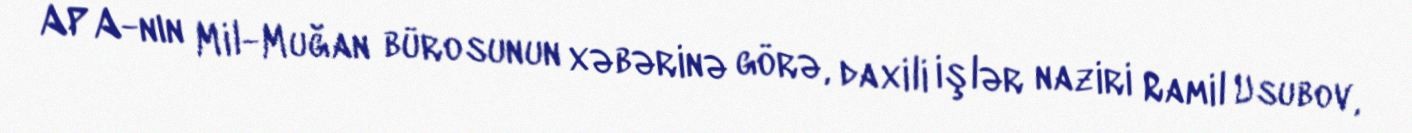
APA-nın Mil-Muğan bürosunun xəbərinə görə, daxili işlər naziri Ramil Usubov,